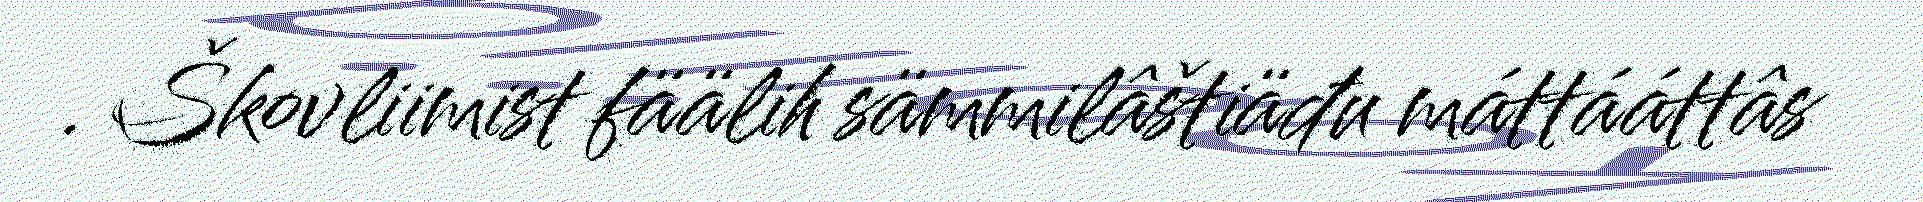
. Škovliimist fäälih sämmilâštiäđu máttááttâs